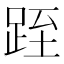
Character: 跮